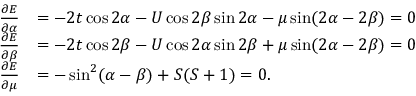
\begin{array} { r l } { \frac { \partial E } { \partial \alpha } } & { = - 2 t \cos 2 \alpha - U \cos 2 \beta \sin 2 \alpha - \mu \sin ( 2 \alpha - 2 \beta ) = 0 } \\ { \frac { \partial E } { \partial \beta } } & { = - 2 t \cos 2 \beta - U \cos 2 \alpha \sin 2 \beta + \mu \sin ( 2 \alpha - 2 \beta ) = 0 } \\ { \frac { \partial E } { \partial \mu } } & { = - \sin ^ { 2 } ( \alpha - \beta ) + S ( S + 1 ) = 0 . } \end{array}